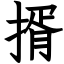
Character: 揟